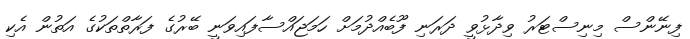
ފިނޭންސް މިނިސްޓަރު ވިދާޅުވީ ދަރަނި ފޫބެއްދުމަށް ހަމަޖައްސާފައިވަނީ ބޭރުގެ ފަރާތްތަކުގެ އަތުން އެކި